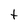
Character: t